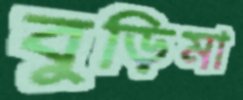
বুড়িমা